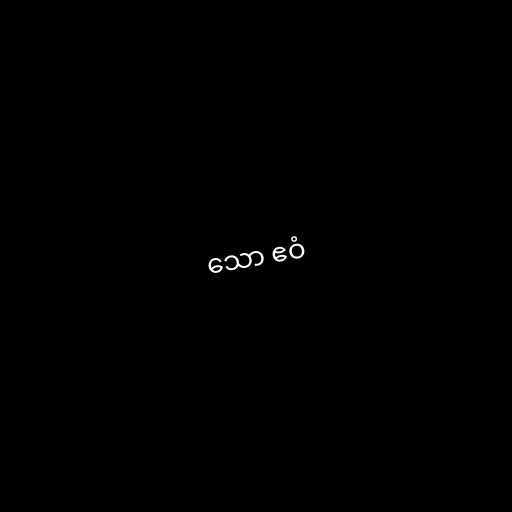
သော ဧဝံ